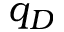
q _ { D }